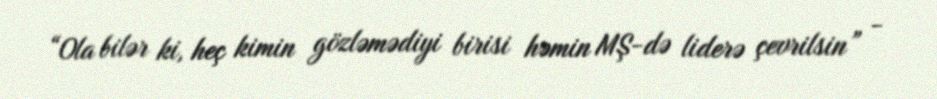
“Ola bilər ki, heç kimin gözləmədiyi birisi həmin MŞ-də liderə çevrilsin” -